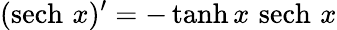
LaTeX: (\operatorname{sech}\, x)^{\prime}=-\operatorname{tanh}x\, \operatorname{sech}\, x